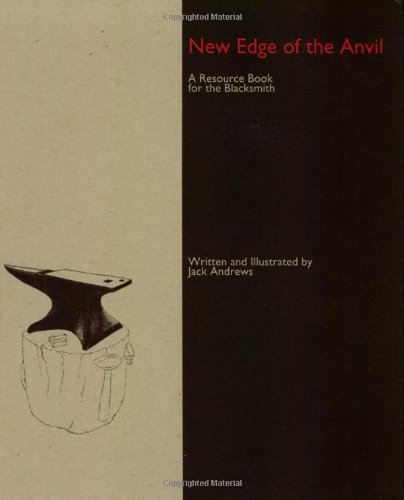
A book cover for New Edge of the Anvil: A Resource Book for the Blacksmith; Jack Andrews; Crafts, Hobbies & Home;